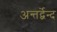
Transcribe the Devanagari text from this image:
अन्तर्द्वेन्द